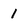
Character: 1